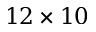
1 2 \times 1 0